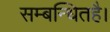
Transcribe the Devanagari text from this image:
सम्बन्धितहै।